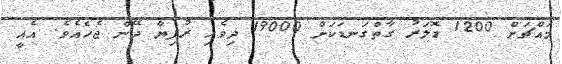
މައްޗަށް 1200 ޑޮލަރު ގާތްގަނޑަކަށް 19000 ދިވެހި ރުފިޔާ ދޭން ޖެހެއެވެ. އެއީ